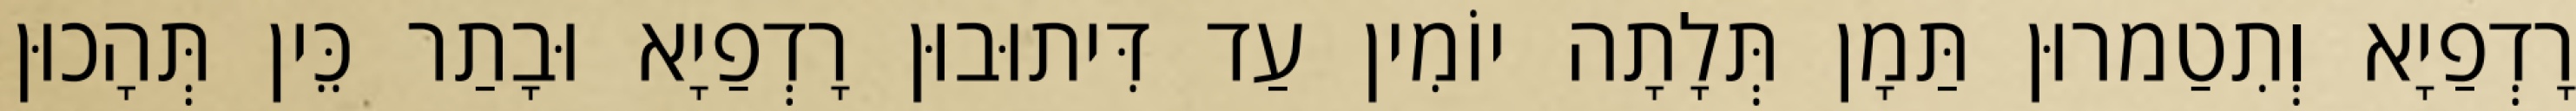
רָדְפַיָא וְתִטַמרוּן תַּמָן תְּלָתָה יוֹמִין עַד דִּיתוּבוּן רָדְפַיָא וּבָתַר כֵּין תְּהָכוּן